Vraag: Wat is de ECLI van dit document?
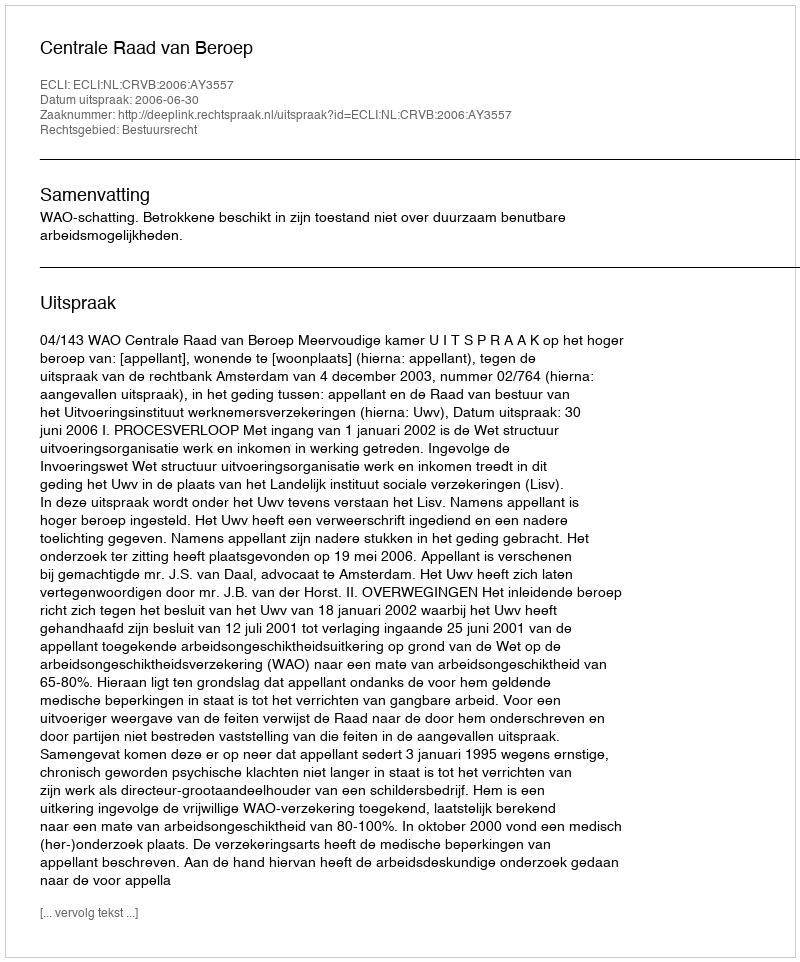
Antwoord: ECLI:NL:CRVB:2006:AY3557